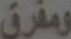
ومفرق